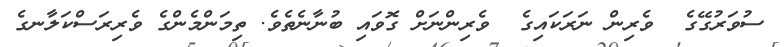
ސުވަރުގޭގެ  ވެރިން ނަރަކައިގެ  ވެރިންނަށް ގޮވައި ބުނާނެތެވެ. ތިމަންމެންގެ ވެރިރަސްކަލާނގެ